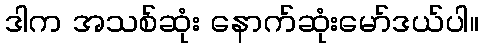
ဒါက အသစ်ဆုံး နောက်ဆုံးမော်ဒယ်ပါ။